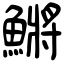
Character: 鱂